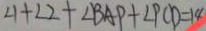
\angle 1 + \angle 2 + \angle B A P + \angle P C D = 1 4